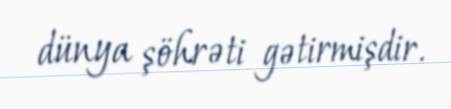
dünya şöhrəti gətirmişdir.